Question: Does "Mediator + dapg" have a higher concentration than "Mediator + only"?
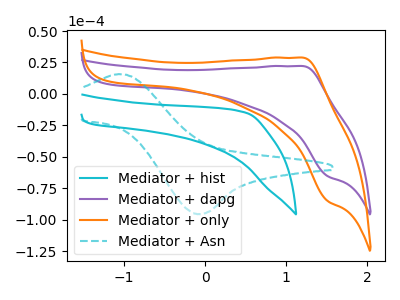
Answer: <think>The cyan curve "Mediator + hist" has no peaks. The purple curve "Mediator + dapg" has an anodic peak at (1.20V, 22.15uA) and a cathodic peak at (1.50V, -65.35uA). The orange curve "Mediator + only" has an anodic peak at (1.20V, 28.85uA) and a cathodic peak at (1.50V, -85.10uA). The cyan dashed curve "Mediator + Asn" has an anodic peak at (-1.05V, 15.75uA) and a cathodic peak at (-0.10V, -95.50uA).
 All the peaks in "Mediator + dapg" have a peak in "Mediator + only" at the same potential. Every peak in "Mediator + dapg" is lower than every peak in "Mediator + only".</think>
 <answer>"Mediator + dapg" has less signal than "Mediator + only" and so likely has a lower concentration.</answer>
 <eval>less_concentration</eval>